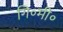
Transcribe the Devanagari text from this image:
गि॰मी॰